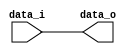
//0316055_0316313
//Subject:     CO project 2 - Zero_Extend_32
//--------------------------------------------------------------------------------
//Version:     1
//--------------------------------------------------------------------------------
//Writer:      
//----------------------------------------------
//Date:        
//----------------------------------------------
//Description: 
//--------------------------------------------------------------------------------
     
module Zero_Extend_32(
    data_i,
    data_o
    );

parameter size = 32;
			
//I/O ports
input   [size-1:0] data_i;
output  [32-1:0] data_o;

//Internal Signals
reg     [32-1:0] data_o;
integer i;

//Main function
always @(*) begin
	data_o[size-1:0] = data_i[size-1:0];
	for(i=size;i<32;i=i+1)begin
		data_o[i] = 0;
	end
end

endmodule